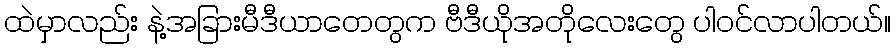
ထဲမှာလည်း နဲ့အခြားမီဒီယာတေတွက ဗီဒီယိုအတိုလေးတွေ ပါဝင်လာပါတယ်။